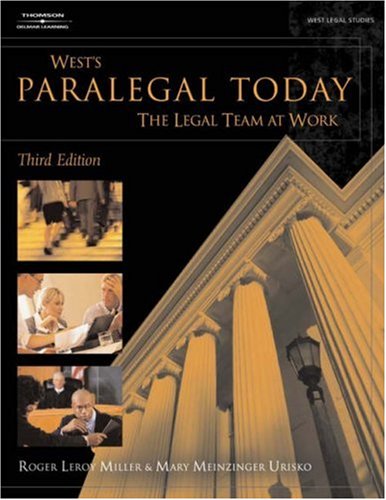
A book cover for Paralegal Today: The Legal Team at Work (West Legal Studies Series); Roger LeRoy Miller; Law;